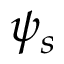
\psi _ { s }